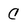
Character: C